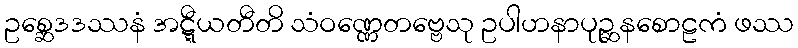
ဥစ္ဆေဒဒဿနံ အဋ္ဋီယတီတိ သံဝဏ္ဏေတဗ္ဗေသု ဥပါဟနာပုဉ္ဆနစောဠကံ ဖဿ